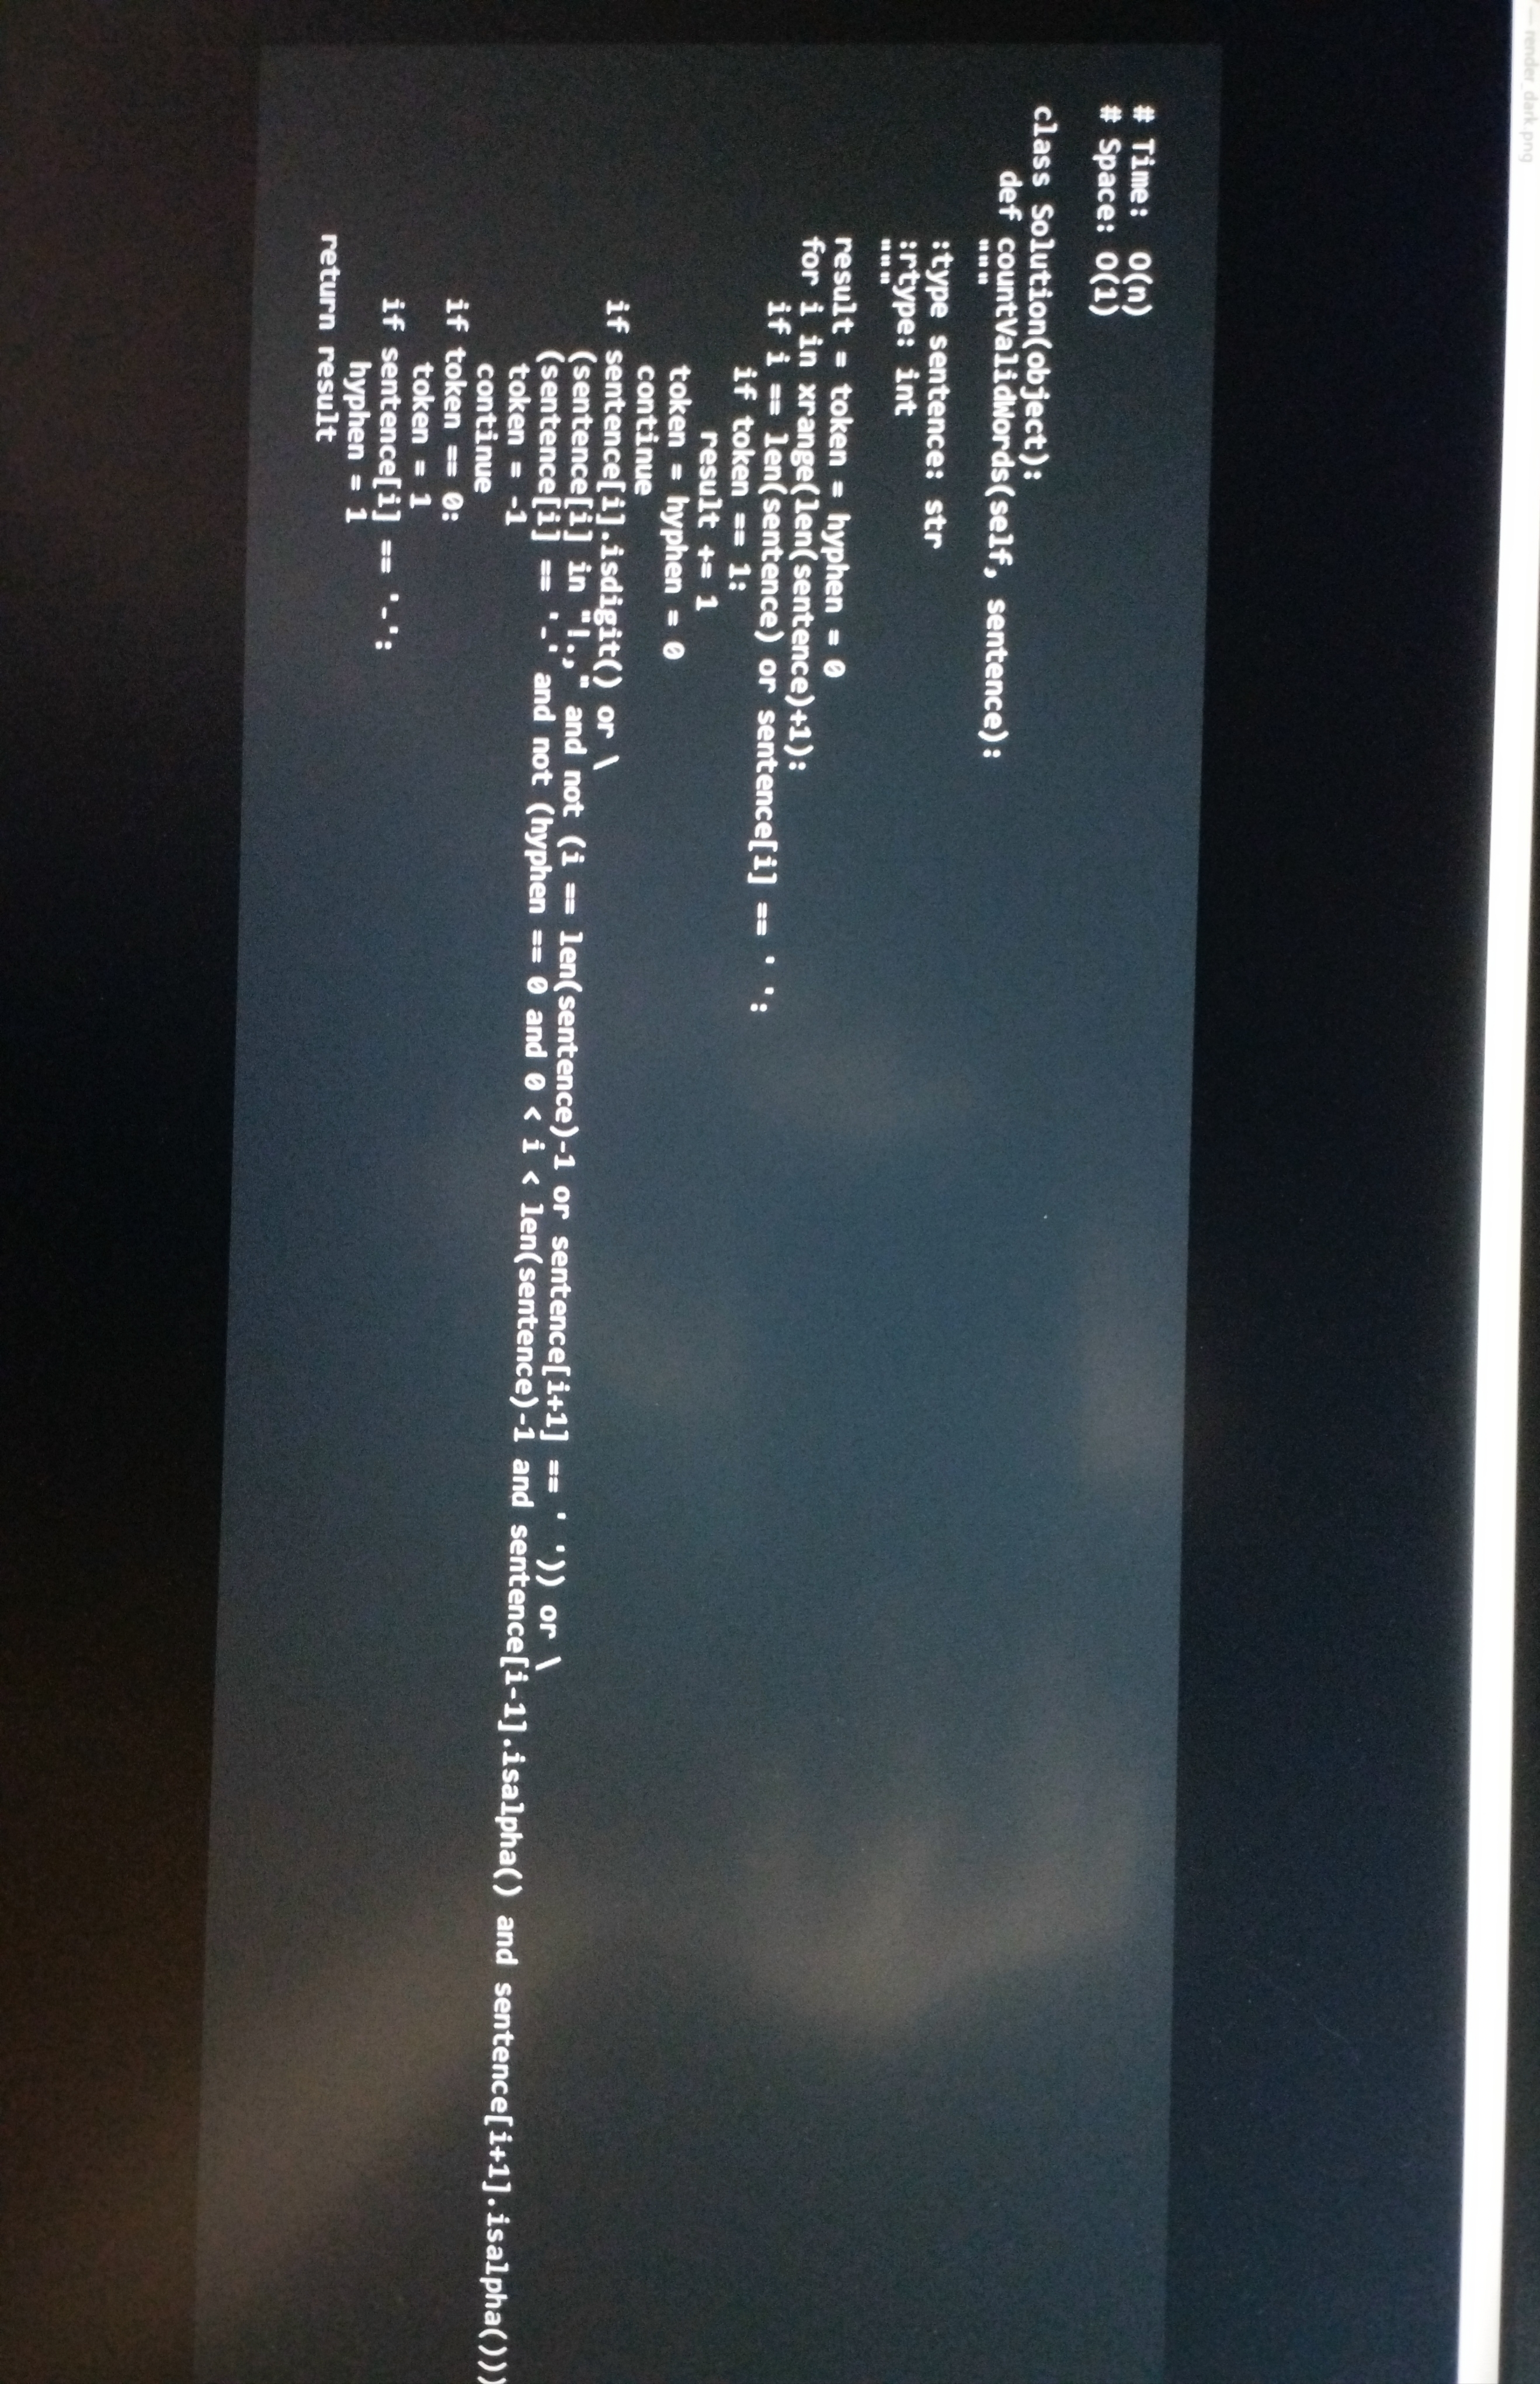
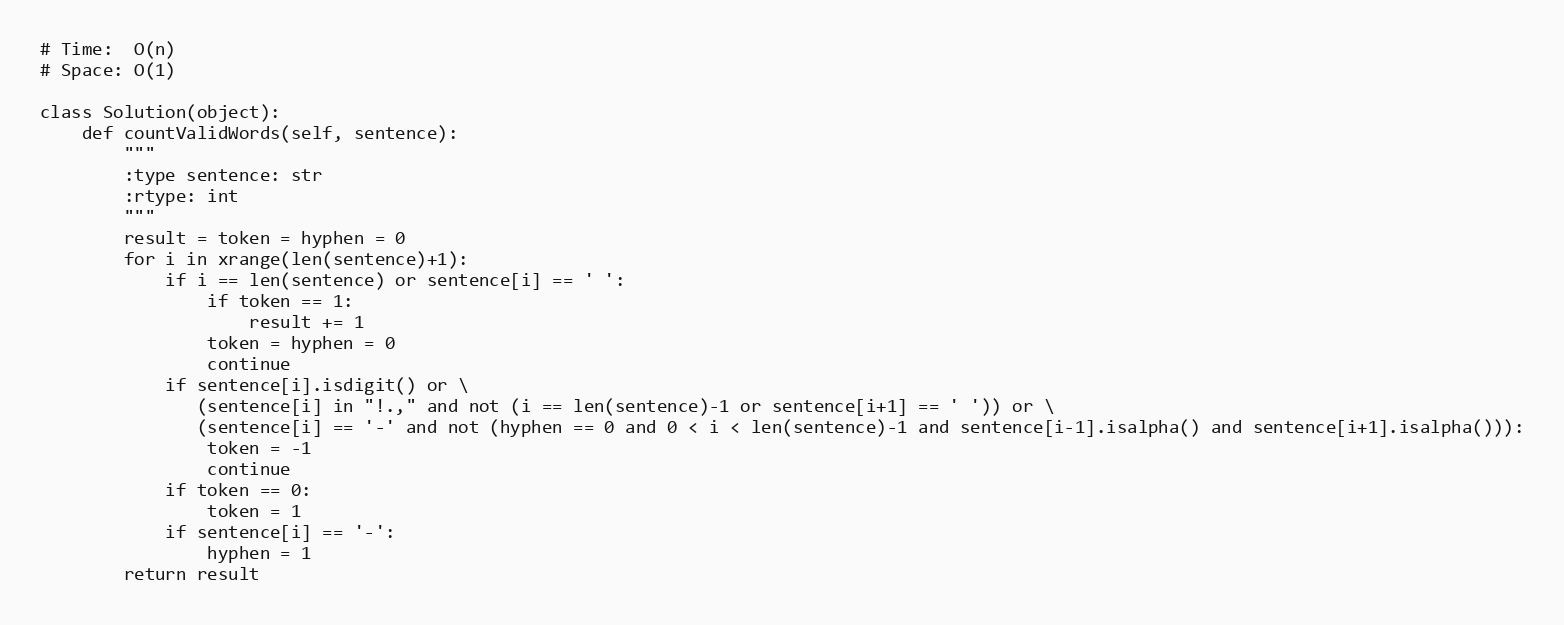
# Time:  O(n)
# Space: O(1)

class Solution(object):
    def countValidWords(self, sentence):
        """
        :type sentence: str
        :rtype: int
        """
        result = token = hyphen = 0
        for i in xrange(len(sentence)+1):
            if i == len(sentence) or sentence[i] == ' ':
                if token == 1:
                    result += 1
                token = hyphen = 0
                continue
            if sentence[i].isdigit() or \
               (sentence[i] in "!.," and not (i == len(sentence)-1 or sentence[i+1] == ' ')) or \
               (sentence[i] == '-' and not (hyphen == 0 and 0 < i < len(sentence)-1 and sentence[i-1].isalpha() and sentence[i+1].isalpha())):
                token = -1
                continue
            if token == 0:
                token = 1
            if sentence[i] == '-':
                hyphen = 1
        return result